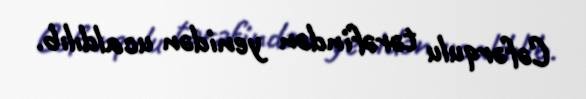
Cəfərqulu tərəfindən yenidən ucaldılıb.